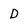
Character: D